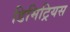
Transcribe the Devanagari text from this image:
डिमिट्रियस